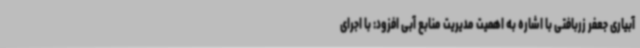
آبیاری جعفر زربافتی با اشاره به اهمیت مدیریت منابع آبی افزود: با اجرای